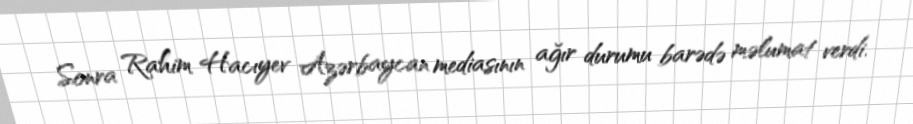
Sonra Rahim Hacıyev Azərbaycan mediasının ağır durumu barədə məlumat verdi.